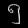
Digit: ၅